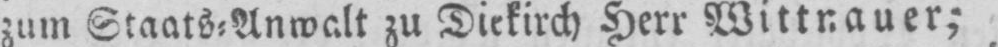
zum Staats⸗Anwalt zu Diekirch Herr Wittnauer;